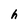
Character: h